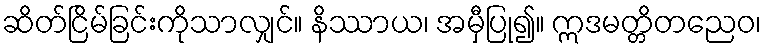
ဆိတ်ငြိမ်ခြင်းကိုသာလျှင်။ နိဿာယ၊ အမှီပြု၍။ ဣဒမတ္တိတညေဝ၊